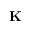
\mathbf { K }